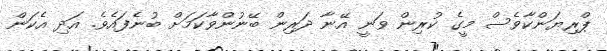
ޕްރިޔަންކާވެސް މީގެ ކުރިން ވަނީ އޭނާ ދަރިން ބޭނުންވާކަމަށް ބުނެފައެވެ. އަދި އެކަން